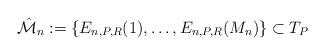
LaTeX: \begin{align*}\hat{\cal M}_n:=\{E_{n,P,R}(1),\ldots, E_{n,P,R}({M_n})\} \subset T_P\end{align*}